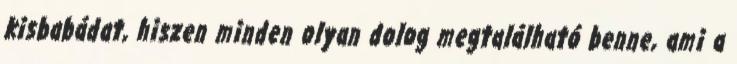
kisbabádat, hiszen minden olyan dolog megtalálható benne, ami a